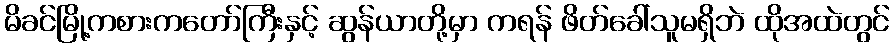
မိခင်မြို့ကစားကတော်ကြီးနှင့် ဆွန်ယာတို့မှာ ကရန် ဖိတ်ခေါ်သူမရှိဘဲ ထိုအထဲတွင်